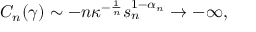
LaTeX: C _ { n } ( \gamma ) \sim - n \kappa ^ { - \frac { 1 } { n } } s _ { n } ^ { 1 - \alpha _ { n } } \rightarrow - \infty ,